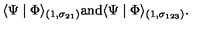
\langle \Psi \mid \Phi \rangle _ { ( 1 , \sigma _ { 2 1 } ) } \mathrm { a n d } \langle \Psi \mid \Phi \rangle _ { ( 1 , \sigma _ { 1 2 3 } ) } .